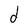
Character: d